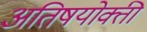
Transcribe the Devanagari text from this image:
अतिषयोक्ती